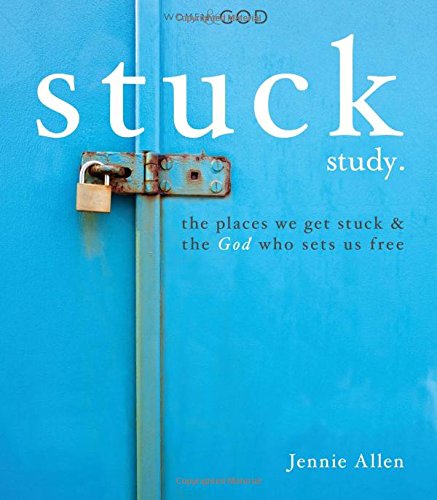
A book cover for Stuck Study Guide; Jennie Allen; Christian Books & Bibles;